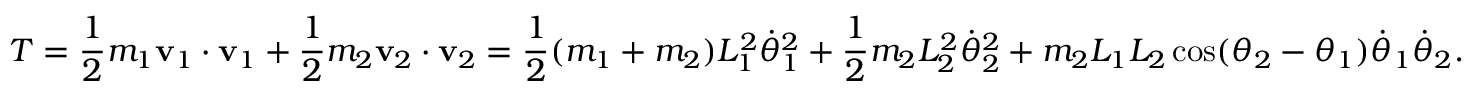
T = { \frac { 1 } { 2 } } m _ { 1 } \mathbf { v } _ { 1 } \cdot \mathbf { v } _ { 1 } + { \frac { 1 } { 2 } } m _ { 2 } \mathbf { v } _ { 2 } \cdot \mathbf { v } _ { 2 } = { \frac { 1 } { 2 } } ( m _ { 1 } + m _ { 2 } ) L _ { 1 } ^ { 2 } { \dot { \theta } } _ { 1 } ^ { 2 } + { \frac { 1 } { 2 } } m _ { 2 } L _ { 2 } ^ { 2 } { \dot { \theta } } _ { 2 } ^ { 2 } + m _ { 2 } L _ { 1 } L _ { 2 } \cos ( \theta _ { 2 } - \theta _ { 1 } ) { \dot { \theta } } _ { 1 } { \dot { \theta } } _ { 2 } .